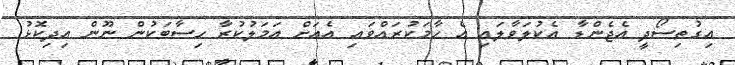
އިގުތިސޯދީ އެޖެންޑާ އެކުލަވާލައި އެ ހާމަކުރައްވައި އެއަށް އަމަލުކުރާ ހިސާބަކުން ނޫން އިދިކޮޅު